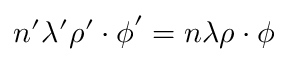
n ^ { \prime } \lambda ^ { \prime } \boldsymbol \rho ^ { \prime } \boldsymbol \cdot \boldsymbol \phi ^ { \prime } = n \lambda \boldsymbol \rho \boldsymbol \cdot \boldsymbol \phi